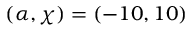
( \alpha , \chi ) = ( - 1 0 , 1 0 )